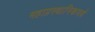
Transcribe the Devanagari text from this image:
महाप्रस्थानिकपर्व